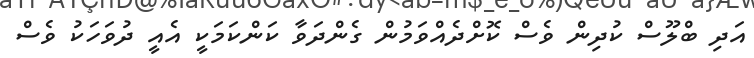
އަދި ބްލޫސް ކުދިން ވެސް ކޮށްދެއްވަމުން ގެންދަވާ ކަންކަމަކީ އެއީ ދުވަހަކު ވެސް